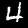
Label: 4